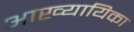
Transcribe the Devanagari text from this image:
अाख्यायिका